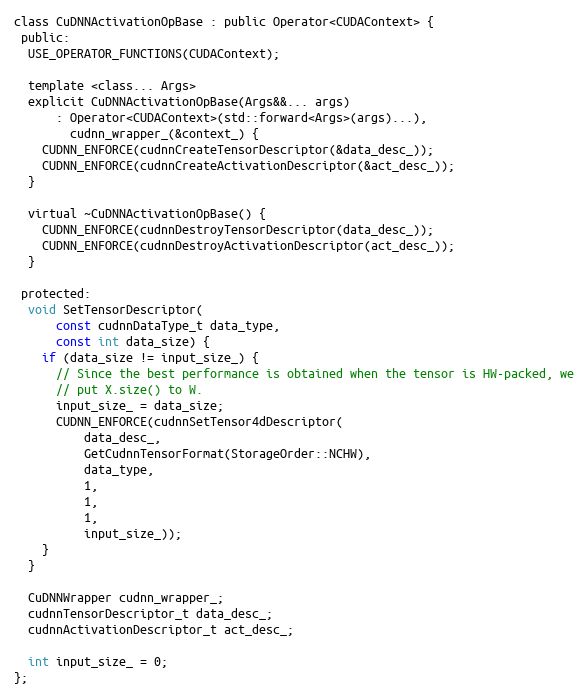
Language: C
class CuDNNActivationOpBase : public Operator<CUDAContext> {
 public:
  USE_OPERATOR_FUNCTIONS(CUDAContext);

  template <class... Args>
  explicit CuDNNActivationOpBase(Args&&... args)
      : Operator<CUDAContext>(std::forward<Args>(args)...),
        cudnn_wrapper_(&context_) {
    CUDNN_ENFORCE(cudnnCreateTensorDescriptor(&data_desc_));
    CUDNN_ENFORCE(cudnnCreateActivationDescriptor(&act_desc_));
  }

  virtual ~CuDNNActivationOpBase() {
    CUDNN_ENFORCE(cudnnDestroyTensorDescriptor(data_desc_));
    CUDNN_ENFORCE(cudnnDestroyActivationDescriptor(act_desc_));
  }

 protected:
  void SetTensorDescriptor(
      const cudnnDataType_t data_type,
      const int data_size) {
    if (data_size != input_size_) {
      // Since the best performance is obtained when the tensor is HW-packed, we
      // put X.size() to W.
      input_size_ = data_size;
      CUDNN_ENFORCE(cudnnSetTensor4dDescriptor(
          data_desc_,
          GetCudnnTensorFormat(StorageOrder::NCHW),
          data_type,
          1,
          1,
          1,
          input_size_));
    }
  }

  CuDNNWrapper cudnn_wrapper_;
  cudnnTensorDescriptor_t data_desc_;
  cudnnActivationDescriptor_t act_desc_;

  int input_size_ = 0;
};